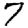
Digit: 7